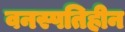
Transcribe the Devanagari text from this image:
वनस्पतिहीन